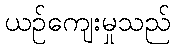
ယဉ်ကျေးမှုသည်